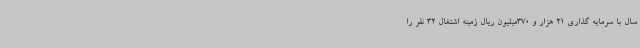
سال با سرمایه گذاری 21 هزار و 370میلیون ریال زمینه اشتغال 32 نفر را